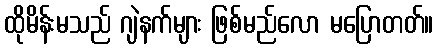
ထိုမိန်းမသည် ဂျဲနက်များ ဖြစ်မည်လော မပြောတတ်။